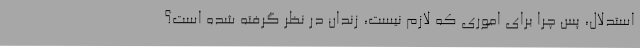
استدلال، پس چرا برای اموری که لازم نیست، زندان در نظر گرفته شده است؟